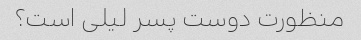
منظورت دوست پسر لیلی است؟